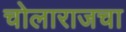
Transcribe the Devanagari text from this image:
चोलाराजचा